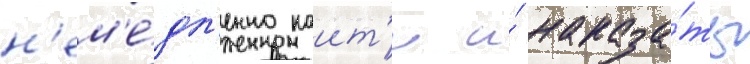
н'ем'е́дл'енно наит'и и́ наказа́ть